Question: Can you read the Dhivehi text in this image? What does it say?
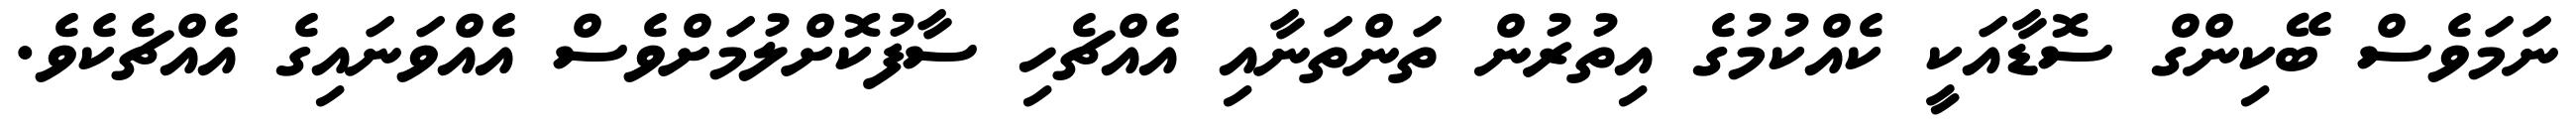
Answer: ނަމަވެސް ބޭކިންގް ސޮޑާއަކީ ކެއްކުމުގެ އިތުރުން ތަންތަނާއި އެއްޗެހި ސާފުކޮށްލުމަށްވެސް އެއްވަނައިގެ އެއްޗެކެވެ.